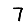
Digit: 7